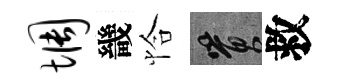
惆畿恰篔救